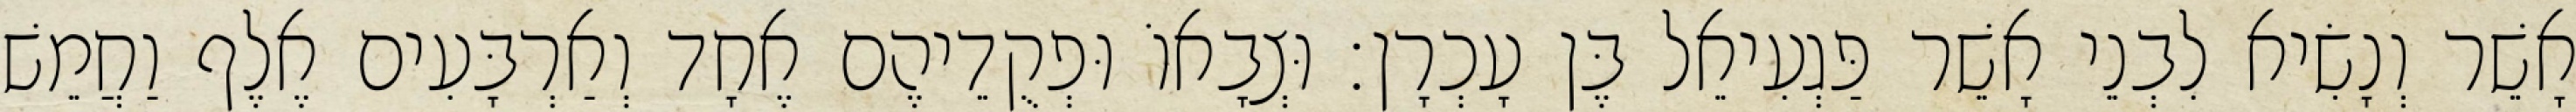
אָשֵׁר וְנָשִׂיא לִבְנֵי אָשֵׁר פַּגְעִיאֵל בֶּן עָכְרָן׃ וּצְבָאוֹ וּפְקֻדֵיהֶם אֶחָד וְאַרְבָּעִים אֶלֶף וַחֲמֵשׁ